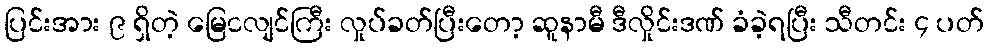
ပြင်းအား ၉ ရှိတဲ့ မြေငလျင်ကြီး လှုပ်ခတ်ပြီးတော့ ဆူနာမီ ဒီလှိုင်းဒဏ် ခံခဲ့ရပြီး သီတင်း ၄ ပတ်